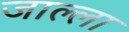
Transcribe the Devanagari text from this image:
जाल्ला